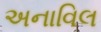
અનાવિલ